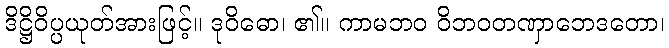
ဒိဋ္ဌိဝိပ္ပယုတ်အားဖြင့်။ ဒုဝိဓော၊ ၏။ ကာမဘဝ ဝိဘဝတဏှာဘေဒတော၊